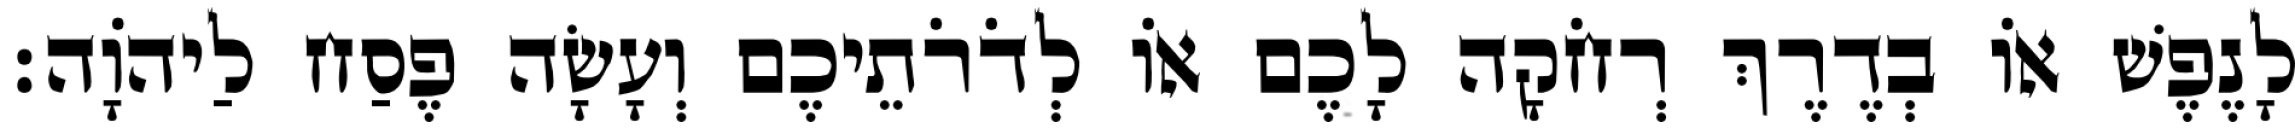
לָנֶפֶשׁ אוֹ בְדֶרֶךְ רְחֹקָה לָכֶם אוֹ לְדֹרֹתֵיכֶם וְעָשָׂה פֶסַח לַיהוָֹה׃